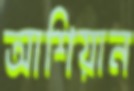
আশিয়ান